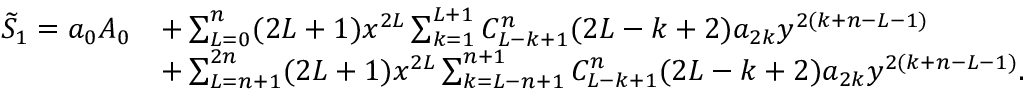
\begin{array} { r l } { \widetilde { S } _ { 1 } = a _ { 0 } A _ { 0 } } & { + \sum _ { L = 0 } ^ { n } ( 2 L + 1 ) x ^ { 2 L } \sum _ { k = 1 } ^ { L + 1 } C _ { L - k + 1 } ^ { n } ( 2 L - k + 2 ) a _ { 2 k } y ^ { 2 ( k + n - L - 1 ) } } \\ & { + \sum _ { L = n + 1 } ^ { 2 n } ( 2 L + 1 ) x ^ { 2 L } \sum _ { k = L - n + 1 } ^ { n + 1 } C _ { L - k + 1 } ^ { n } ( 2 L - k + 2 ) a _ { 2 k } y ^ { 2 ( k + n - L - 1 ) } . } \end{array}